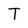
Character: T